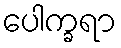
ပေါက္ခရာ